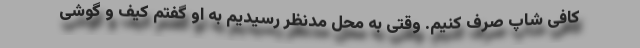
کافی شاپ صرف کنیم. وقتی به محل مدنظر رسیدیم به او گفتم کیف و گوشی